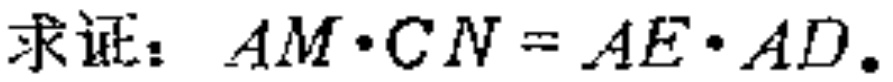
求证：\(AM\cdot CN = AE\cdot AD\)。